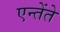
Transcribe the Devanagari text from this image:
एन्तेंते